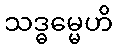
သဒ္ဓမ္မေဟိ